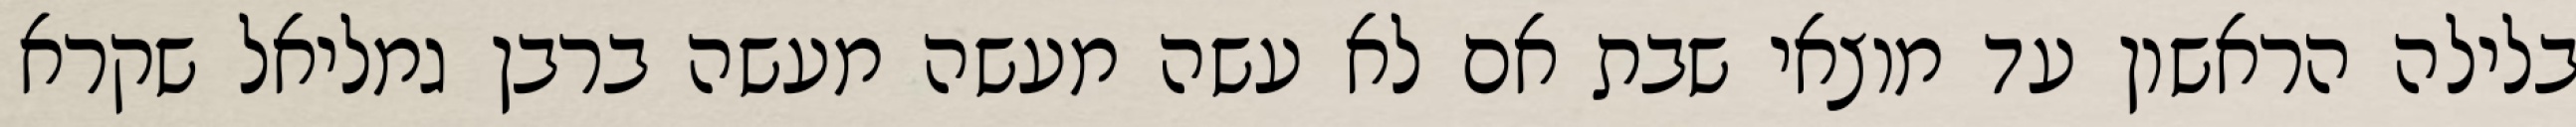
בלילה הראשון עד מוצאי שבת אם לא עשה מעשה מעשה ברבן גמליאל שקרא